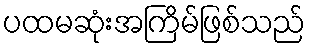
ပထမဆုံးအကြိမ်ဖြစ်သည်